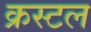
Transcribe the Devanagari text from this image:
क्रस्टल